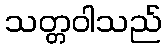
သတ္တဝါသည်